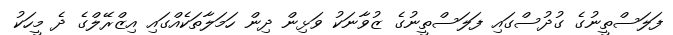
ފަލަސްތީނުގެ ގުދުސްގައި ފަލަސްތީނުގެ ޒުވާނަކު ވަޅިން ދިން ހަމަލާތަކެއްގައި އިޒްރޭލްގެ ދެ މީހަކު